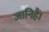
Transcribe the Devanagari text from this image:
जानिहैं।